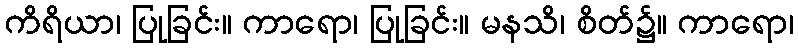
ကိရိယာ၊ ပြုခြင်း။ ကာရော၊ ပြုခြင်း။ မနသိ၊ စိတ်၌။ ကာရော၊